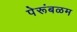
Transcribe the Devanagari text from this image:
पेरूंबळम